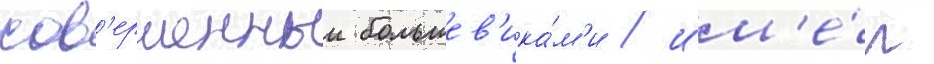
сов'ершенныи большев'ика́м'и / им'е́л